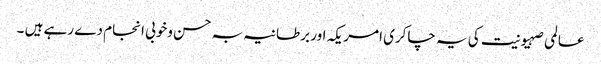
عالمی صہیونیت کی یہ چاکری امریکہ اور برطانیہ بہ حسن وخوبی انجام دے رہے ہیں ۔